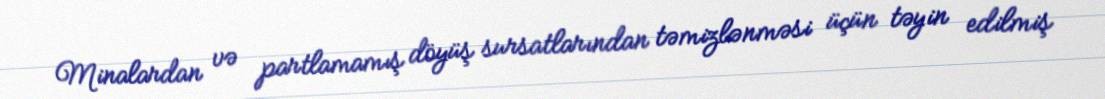
Minalardan və partlamamış döyüş sursatlarından təmizlənməsi üçün təyin edilmiş